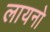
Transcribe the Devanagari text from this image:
लायनो